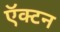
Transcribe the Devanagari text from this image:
ऍक्टन